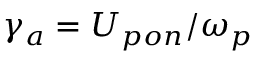
\gamma _ { a } = U _ { p o n } / \omega _ { p }